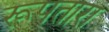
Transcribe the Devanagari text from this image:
रूपतारा